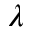
\lambda